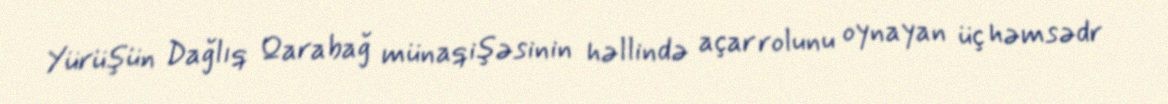
Yürüşün Dağlıq Qarabağ münaqişəsinin həllində açar rolunu oynayan üç həmsədr